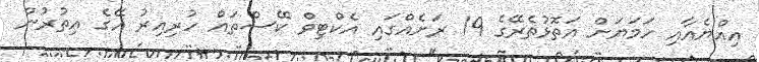
އިއްޔެއާއި ހަމަޔަށް އަތޮޅުތެރޭގެ 19 ރަށެއްގައި އެކްޓިވް ކޭސްތައް ހުރިއިރު އޭގެ އިތުރުން